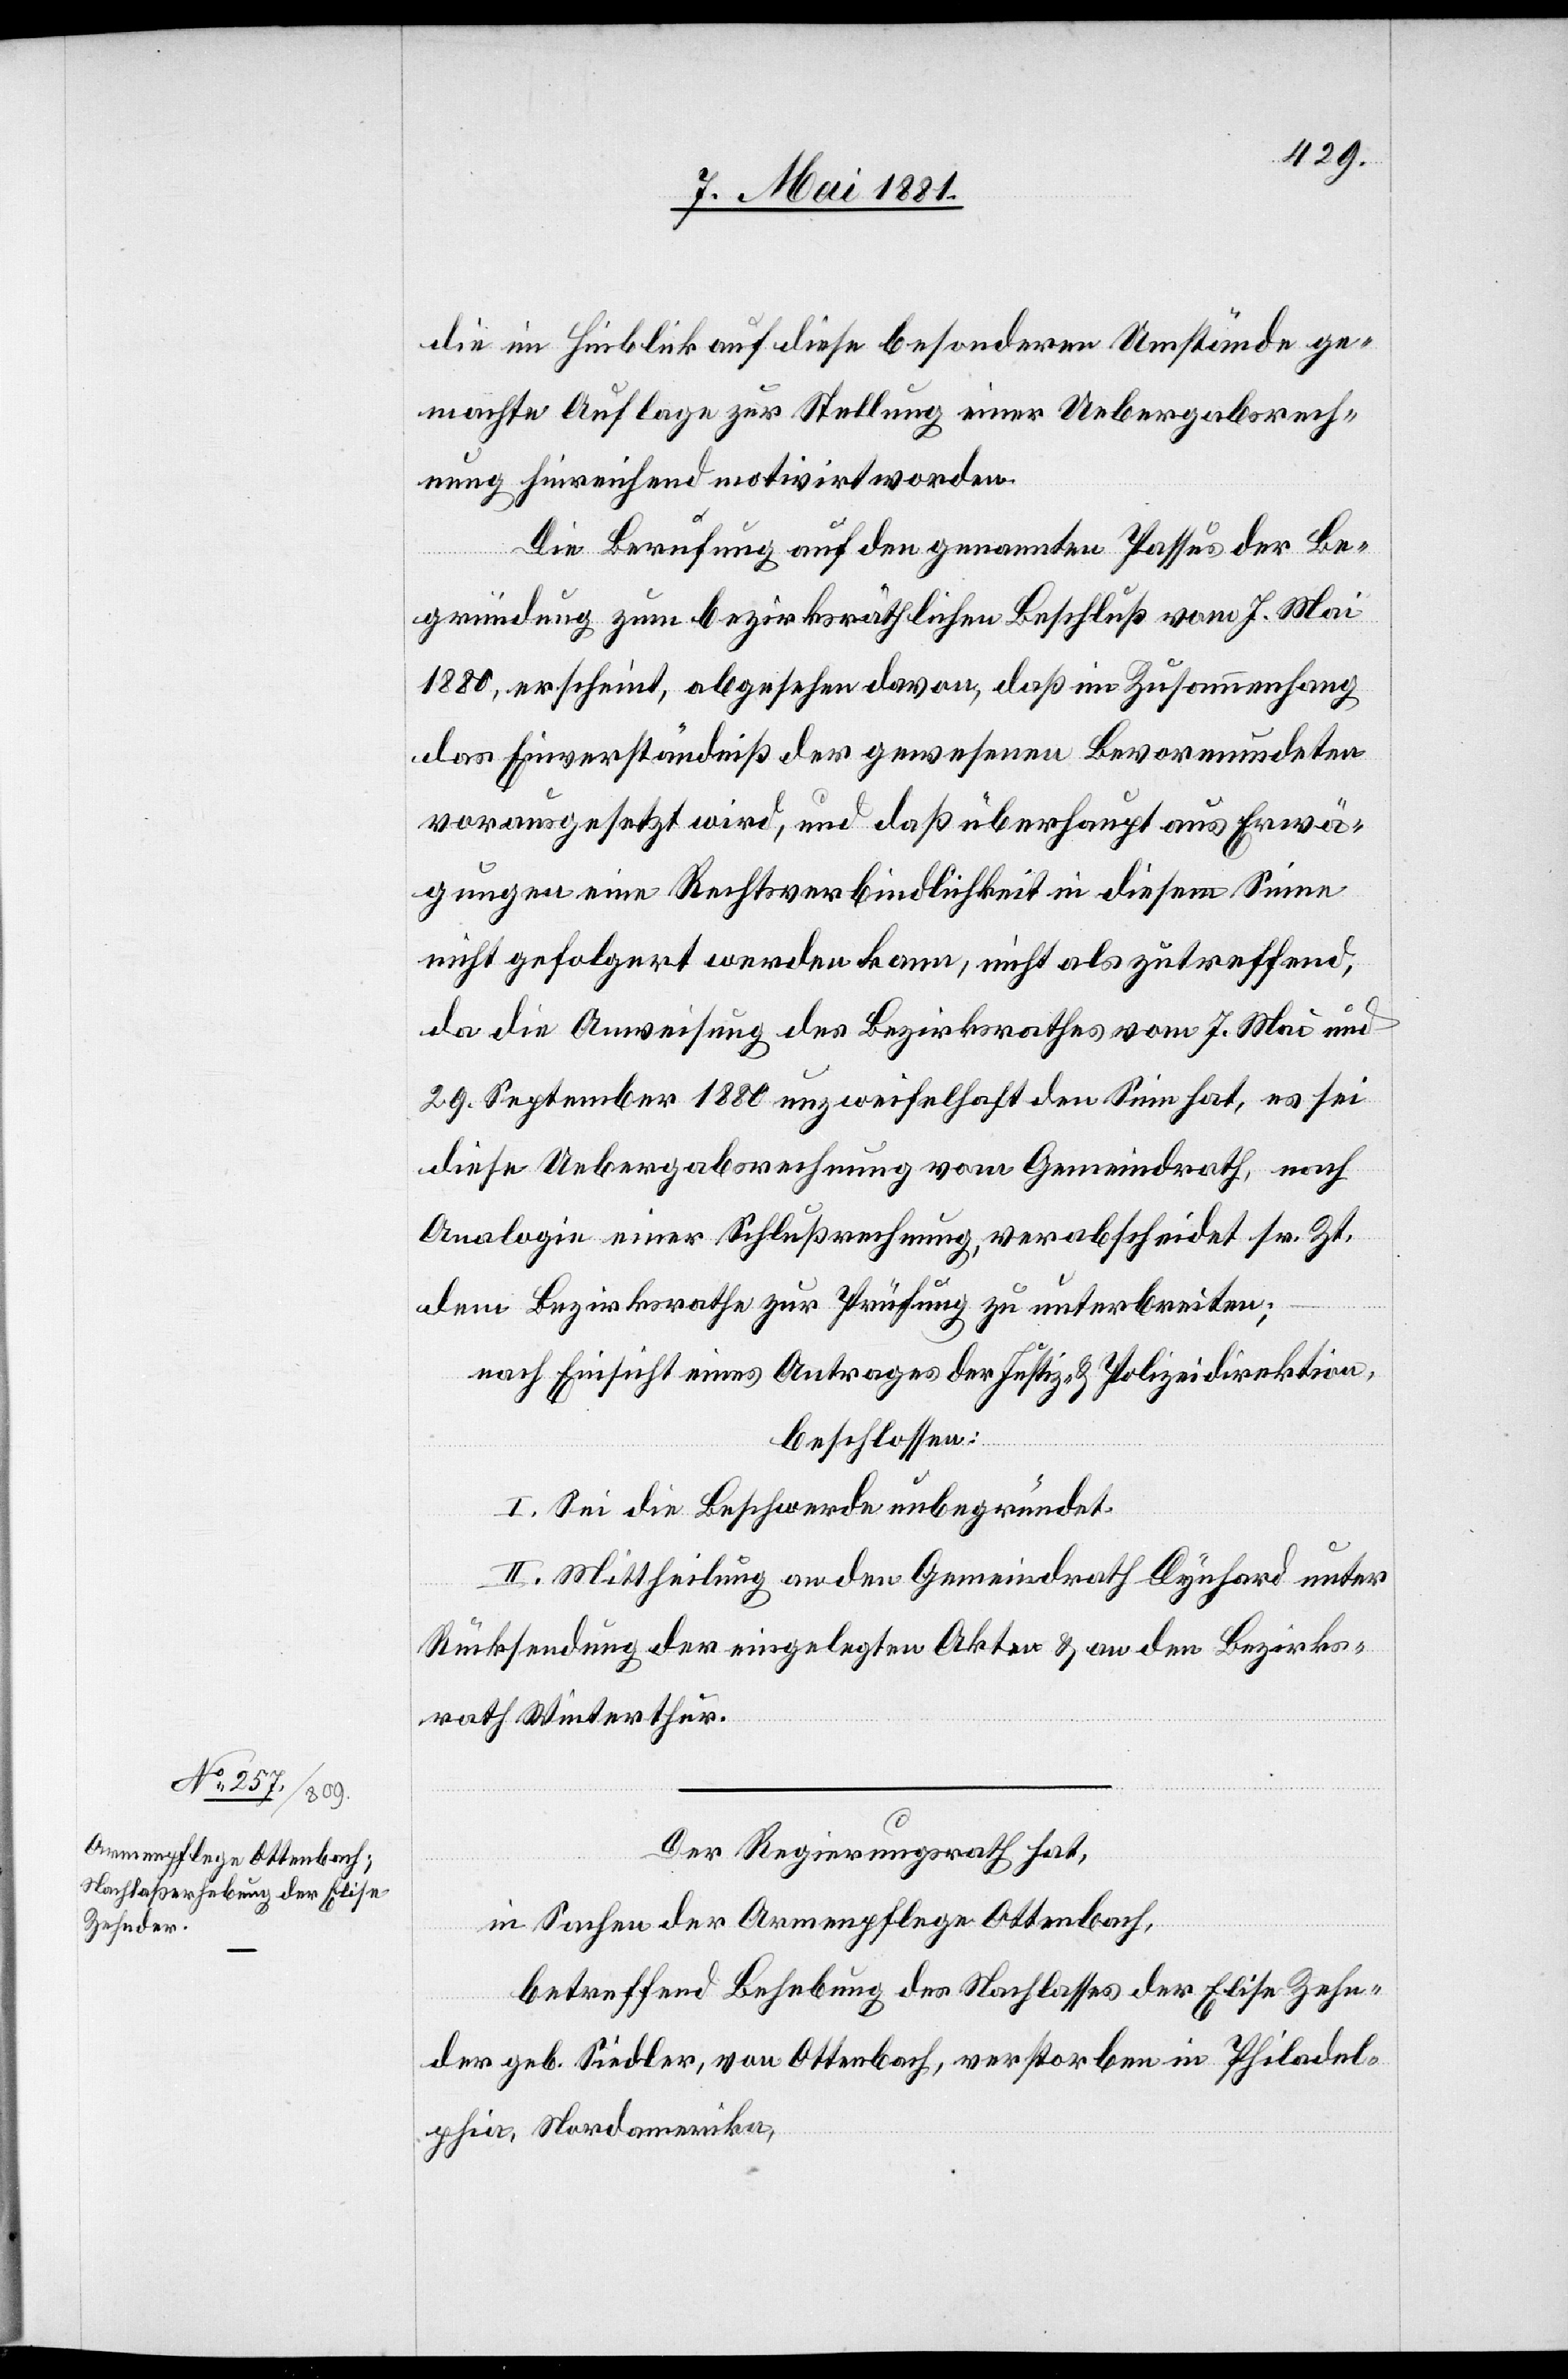
die im Hinblick auf diese besonderen Umstände ge¬
machte Auflage zur Stellung einer Uebergabsrech¬
nung hinreichend motivirt worden.
Die Berufung auf den genannten Passus der Be¬
gründung zum bezirksräthlichen Beschluß vom 7. Mai
1880, erscheint, abgesehen davon, daß im Zusammenhang
des Einverständniß der gewesenen Bevormundeten
vorausgesetzt wird, und daß überhaupt aus Erwä¬
gungen eine Rechtsverbindlichkeit in diesem Sinne
nicht gefolgert werden kann, nicht als zutreffen,
da die Anweisung des Bezirksrathes vom 7. Mai und
29. September 1880 unzweifelhaft den Sinn hat, es sei
diese Uebergabsrechnung vom Gemeindrath, nach
Analogie einer Schlußrechnung, verabschiedet sr. Zt.
dem Bezirksrath zur Prüfung zu unterbreiten;
nach Einsicht eines Antrages der Justiz- & Polizeidirektion,
beschlossen:
I. Sei die Beschwerde unbegründet.
II. Mittheilung an den Gemeindrath Dynhard unter
Rücksendung der eingelegten Akten & an den Bezirks¬
rath Winterthur.
Der Regierungsrath hat,
in Sachen der Armenpflege Ottenbach,
betreffend Behebung des Nachlasses der Elise Zehn¬
der geb. Siedler, von Ottenbach, verstorben in Philadel¬
phia, Nordamerika,